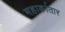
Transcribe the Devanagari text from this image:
महाकांतार